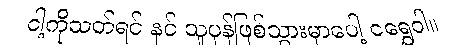
ငါ့ကိုသတ်ရင် နင် သူပုန်ဖြစ်သွားမှာပေါ့ ငရွှေဝါ။